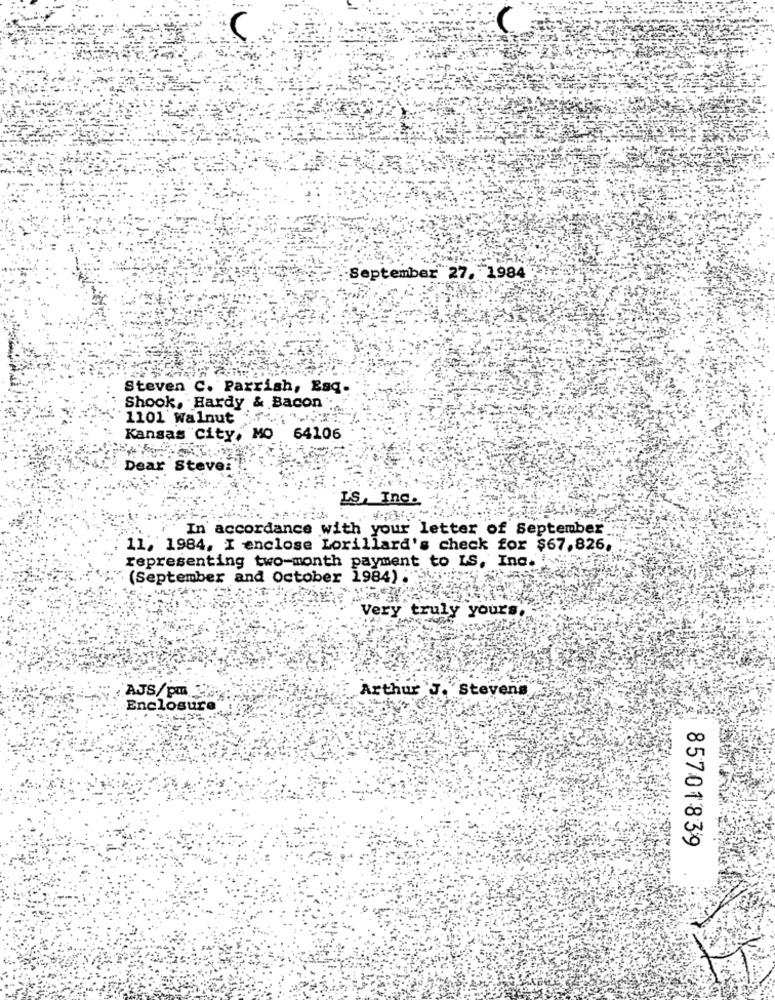
C
September 27, 1984
Steven C. Parrish, Esq.
Shook, Hardy & Bacon .
1101 Walnut
Kansas City, MO 64106
Dear Steve
IS, Inc.
In accordance with your letter of September
11, 1984, I enclose Lorillard's check for $67,826,
representing two-month payment to LS, Inc.
(September and October 1984) : "
Very truly yours
AJS/pm ..
Arthur J. Stevens
Enclosure
85701839